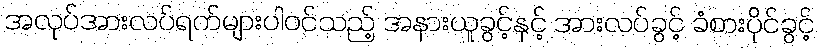
အလုပ်အားလပ်ရက်များပါဝင်သည့် အနားယူခွင့်နှင့် အားလပ်ခွင့် ခံစားပိုင်ခွင့်